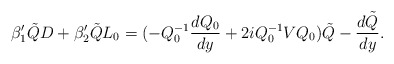
\begin{align*}\beta_1^\prime \tilde{Q}D+\beta_2^{\prime} \tilde{Q}L_0=(-Q_0^{-1} \frac{dQ_0}{dy}+2iQ_0^{-1}VQ_0)\tilde{Q}-\frac{d\tilde{Q}}{dy}.\end{align*}